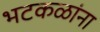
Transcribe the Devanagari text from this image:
भटकळांना